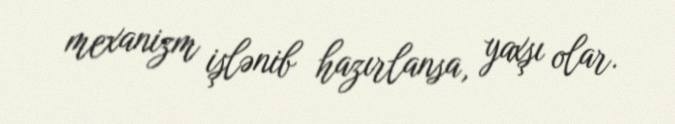
mexanizm işlənib hazırlansa, yaxşı olar.